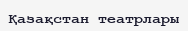
Қазақстан театрлары